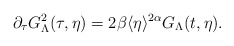
\begin{align*}\partial_\tau G_{\Lambda}^2(\tau, \eta)= 2\beta \langle \eta\rangle^{2\alpha} G_\Lambda(t,\eta) .\end{align*}